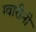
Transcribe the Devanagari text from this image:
ग्वारीनी